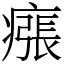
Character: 瘬